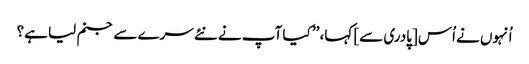
اُنہوں نے اُس [پادری سے] کہا، ’’ کیا آپ نے نئے سرے سے جنم لیا ہے؟